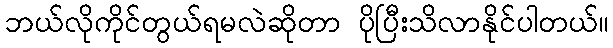
ဘယ်လိုကိုင်တွယ်ရမလဲဆိုတာ ပိုပြီးသိလာနိုင်ပါတယ်။